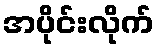
အပိုင်းလိုက်